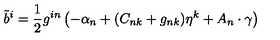
{ \tilde { b } } ^ { i } = { \frac { 1 } { 2 } } g ^ { i n } \left( - \alpha _ { n } + ( C _ { n k } + g _ { n k } ) \eta ^ { k } + A _ { n } \cdot \gamma \right)